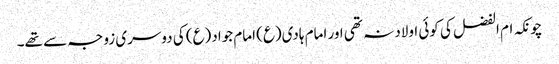
چونکہ ام الفضل کی کوئی اولاد نہ تھی اور امام ہادی(ع) امام جواد(ع) کی دوسری زوجہ سے تھے۔